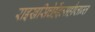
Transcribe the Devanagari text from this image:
राइखसिचेर्हेइत्सहौप्ताम्त